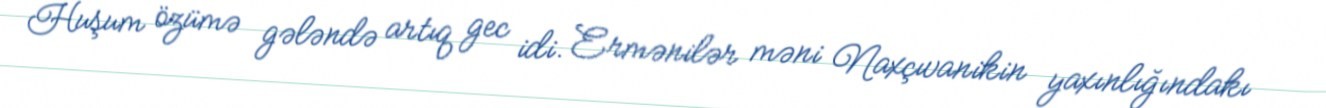
Huşum özümə gələndə artıq gec idi. Ermənilər məni Naxçıvanikin yaxınlığındakı